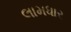
લામધાર